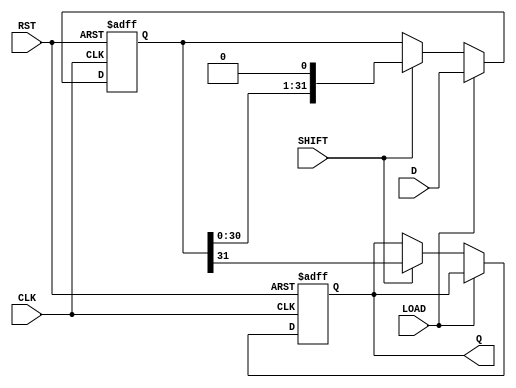
module PISO_Register (
    input wire [31:0] D,       // 32-bit data input
    input wire LOAD,           // Load control signal
    input wire SHIFT,          // Shift control signal
    input wire CLK,            // Clock signal
    input wire RST,            // Asynchronous reset signal
    output reg Q               // Serial output
);

    reg [31:0] shift_reg;      // 32-bit shift register

    // Always block for synchronous operations
    always @(posedge CLK or posedge RST) begin
        if (RST) begin
            shift_reg <= 32'b0; // Clear the shift register
            Q <= 1'b0;          // Clear the serial output
        end else begin
            if (LOAD) begin
                shift_reg <= D;  // Load data into the shift register
            end else if (SHIFT) begin
                Q <= shift_reg[31]; // Output the MSB (most significant bit)
                shift_reg <= {shift_reg[30:0], 1'b0}; // Shift right, fill LSB with 0
            end
        end
    end

endmodule